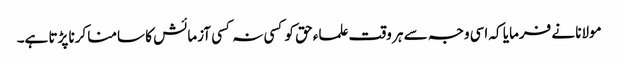
مولانا نے فرمایا کہ اسی وجہ سے ہر وقت علماء حق کو کسی نہ کسی آزمائش کا سامنا کرنا پڑتا ہے۔